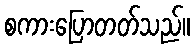
စကားပြောတတ်သည်။